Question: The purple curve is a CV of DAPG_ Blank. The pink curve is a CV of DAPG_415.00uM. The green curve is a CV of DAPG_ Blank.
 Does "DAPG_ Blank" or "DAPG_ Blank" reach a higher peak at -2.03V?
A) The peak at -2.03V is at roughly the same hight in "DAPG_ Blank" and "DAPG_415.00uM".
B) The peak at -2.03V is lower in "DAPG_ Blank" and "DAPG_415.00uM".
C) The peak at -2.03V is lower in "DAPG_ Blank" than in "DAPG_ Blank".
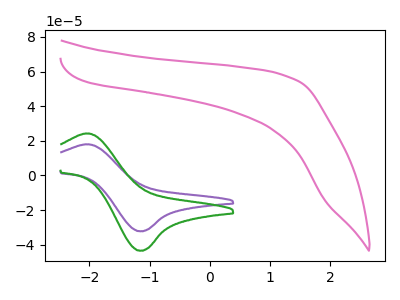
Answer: <think>The purple curve "DAPG_ Blank" has an anodic peak at (-2.05V, 17.95uA) and a cathodic peak at (-1.15V, -32.20uA). The pink curve "DAPG_415.00uM" has no peaks. The green curve "DAPG_ Blank" has an anodic peak at (-2.05V, 24.20uA) and a cathodic peak at (-1.15V, -43.45uA).</think>
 <answer>C) The peak at -2.03V is lower in "DAPG_ Blank" than in "DAPG_ Blank".</answer>
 <eval>C</eval>